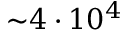
{ \sim } 4 \cdot 1 0 ^ { 4 }